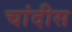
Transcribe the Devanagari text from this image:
चांदीस